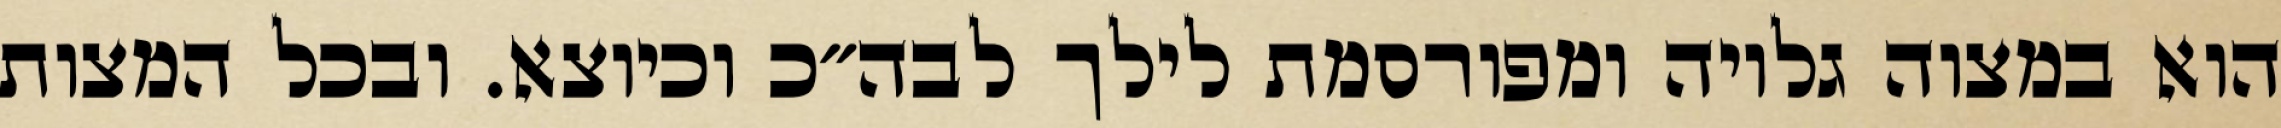
הוא במצוה גלויה ומפורסמת לילך לבה״כ וכיוצא. ובכל המצות